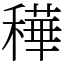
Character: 䅿